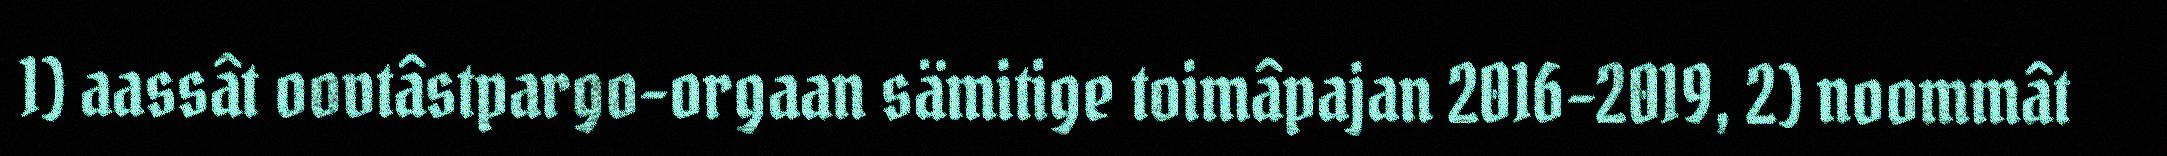
1) aassât oovtâstpargo-orgaan sämitige toimâpajan 2016–2019, 2) noommât